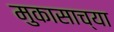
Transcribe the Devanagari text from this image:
मुकासाच्या